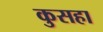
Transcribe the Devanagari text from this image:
कुसहा